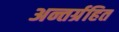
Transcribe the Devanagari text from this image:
अन्तर्ग्रहित